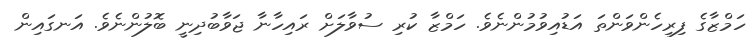
ހަމްޒާގެ ފިރިހެންވަންތަ އަޑުއިވުމުންނެވެ. ހަމްޒާ ކުރި ސުވާލަށް ރައިހާނާ ޖަވާބުދިނީ ބޮލުންނެވެ. އަނގައިން